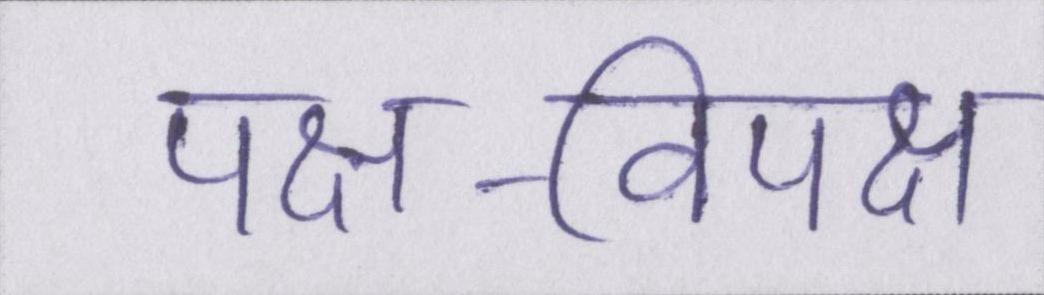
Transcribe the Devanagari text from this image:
पक्ष-विपक्ष